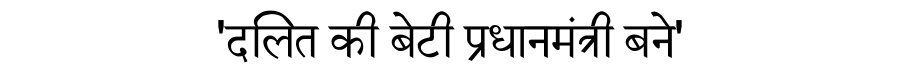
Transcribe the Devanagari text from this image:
'दलित की बेटी प्रधानमंत्री बने'